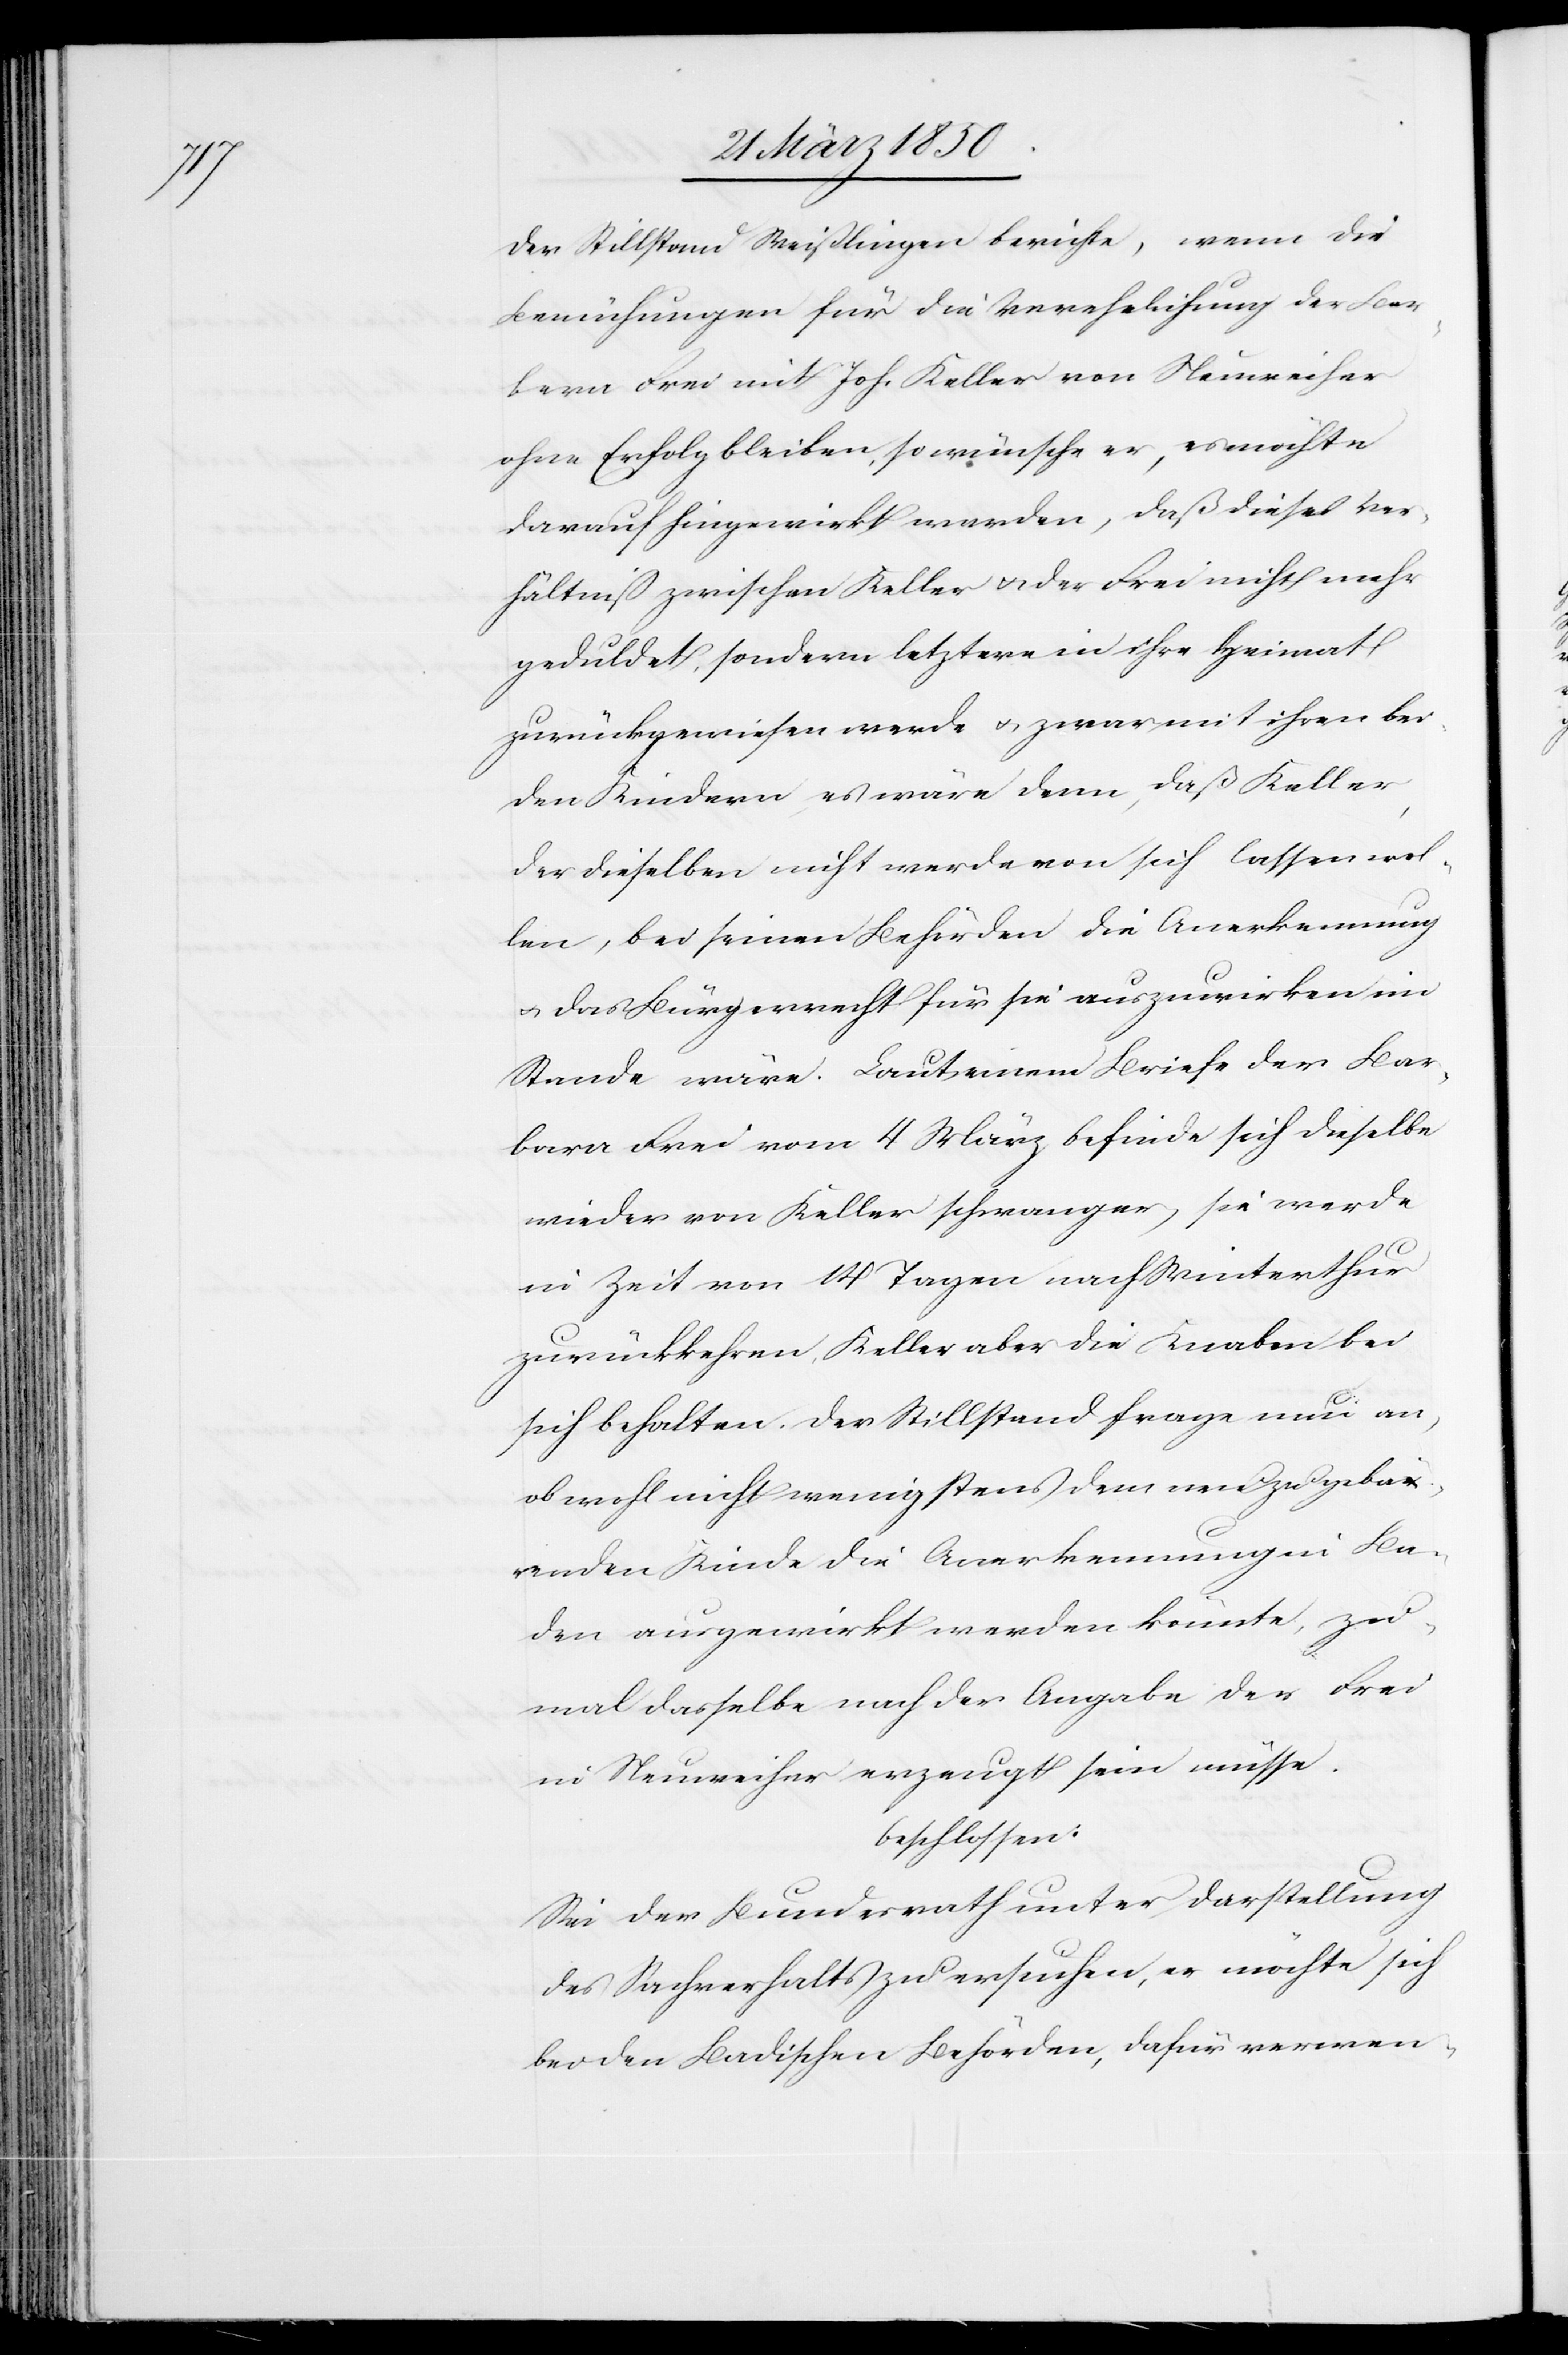
Der Stillstand Weißlingen berichte, wenn die
Bemühungen für die Verehelichung der Bar¬
bera Frei mit Joh. Keller von Neuweiher
ohne Erfolg bleiben, so wünsche er, es möchte
darauf hingewirkt werden, daß dieses Ver¬
hältniß zwischen Keller u. der Frei nicht mehr
geduldet, sondern letztere in ihre Heimat
zurückgewiesen werde u. zwar mit ihren bei¬
den Kindern, es wäre denn, daß Keller,
der dieselben nicht werde von sich lassen wol¬
len, bei seinen Behörden die Anerkennung
u. das Bürgerrecht für sie auszuwirken im
Stande wäre. Laut einem Briefe der Bar¬
bara Frei vom 4 März befinde sich dieselbe
wieder von Keller schwanger, sie werde
in Zeit von 14 Tagen nach Winterthur
zurückkehren, Keller aber die Knaben bei
sich behalten. Der Stillstand frage nun an,
ob wohl nicht wenigstens dem neu zu gebär¬
enden Kinde die Anerkennung in Ba¬
den ausgewirkt werden könnte, zu¬
mal dasselbe nach der Angabe der Frei
in Neuweiher erzeugt sein müsse.
beschlossen:
Sei der Bundesrath unter Darstellung
des Sachverhalts zu ersuchen, er möchte sich
bei den Badischen Behörden, dafür verwen-